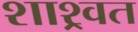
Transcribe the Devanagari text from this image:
शाश्र्वत